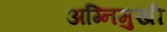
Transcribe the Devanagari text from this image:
अग्निमुखी